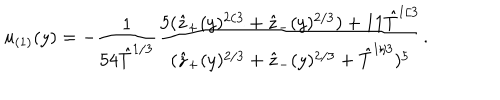
u _ { ( 1 ) } ( y ) = - \frac { 1 } { 5 4 \hat { T } ^ { 1 / 3 } } \frac { 5 ( \hat { z } _ { + } ( y ) ^ { 2 / 3 } + \hat { z } _ { - } ( y ) ^ { 2 / 3 } ) + 1 1 \hat { T } ^ { 1 / 3 } } { ( \hat { z } _ { + } ( y ) ^ { 2 / 3 } + \hat { z } _ { - } ( y ) ^ { 2 / 3 } + \hat { T } ^ { 1 / 3 } ) ^ { 5 } } .